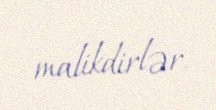
malikdirlər.